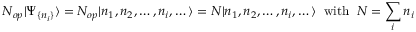
N _ { o p } | \Psi _ { \{ n _ { i } \} } \rangle = N _ { o p } | n _ { 1 } , n _ { 2 } , \dots , n _ { i } , \dots \rangle = N | n _ { 1 } , n _ { 2 } , \dots , n _ { i } , \dots \rangle \; \; \mathrm { w i t h } \; \; N = \sum _ { i } n _ { i }